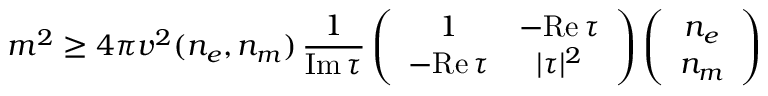
m ^ { 2 } \geq 4 \pi v ^ { 2 } ( n _ { e } , n _ { m } ) \, \frac { 1 } { \mathrm { I m } \, \tau } \left( \begin{array} { c c } { { 1 } } & { { - \mathrm { R e } \, \tau } } \\ { { - \mathrm { R e } \, \tau } } & { { | \tau | ^ { 2 } } } \end{array} \right) \left( \begin{array} { c } { { n _ { e } } } \\ { { n _ { m } } } \end{array} \right)